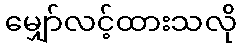
မျှော်လင့်ထားသလို